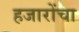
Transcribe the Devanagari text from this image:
हजारोंचा